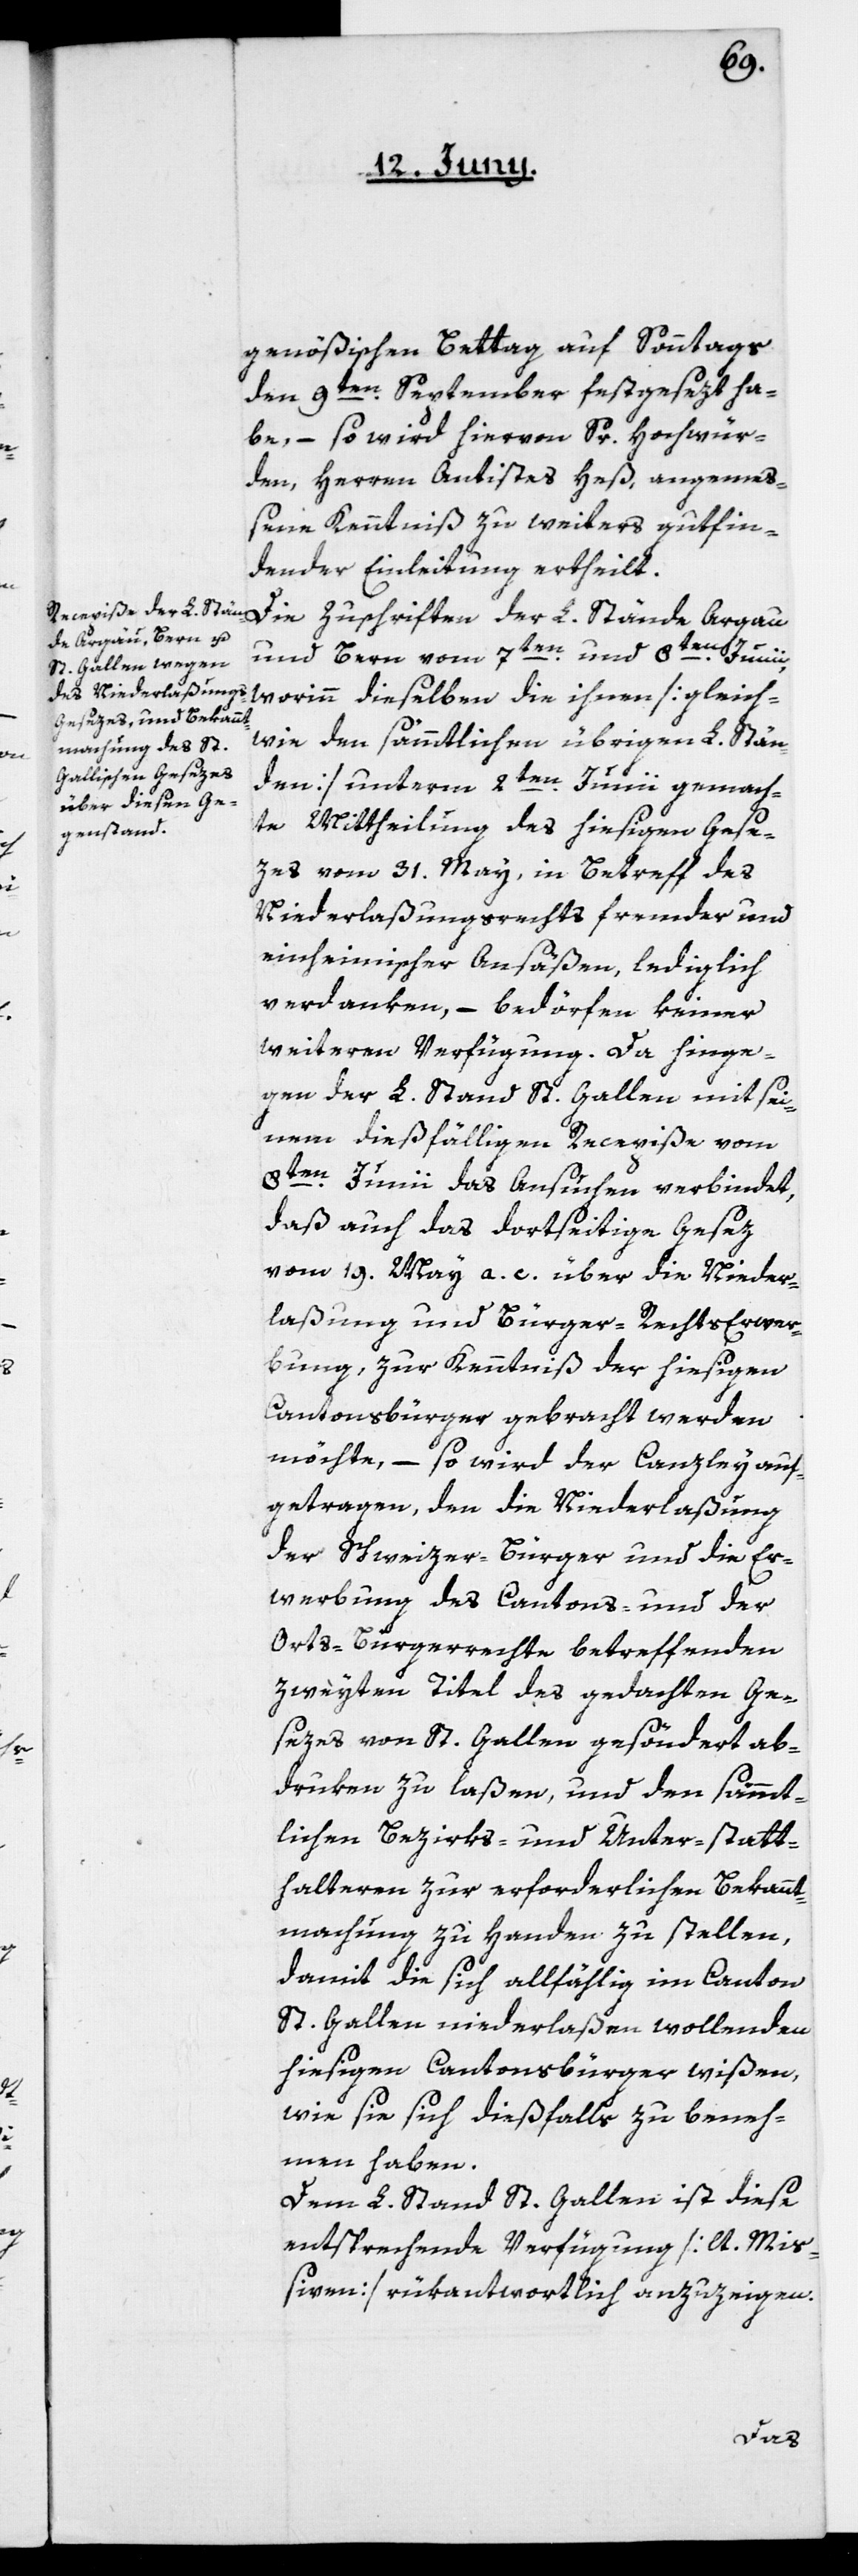
genößischen Bettag auf Sonntags
den 9ten September festgesezt ha¬
be, – so wird hiervon Sr. Hochwür¬
den, Herren Antistes Heß, angeme¬
ßene Kenntniß zu weiters gut fin¬
dender Einleitung ertheilt.
Die Zuschriften der L. Stände Argau
und Bern vom 7ten und 8ten Junii,
worinn dieselben die ihnen [gleich¬
wie den sämmtlichen übrigen L. Stän¬
den] unterm 2ten Junii gemach¬
te Mittheilung des hiesigen Gese¬
zes vom 31ten May, in Betreff des
Niederlaßungsrechts fremder und
einheimischer Ansäßen, lediglich
verdanken, – bedörfen keiner
weiteren Verfügung. Da hinge¬
gen der L. Stand St. Gallen mit sei¬
nem dießfälligen Recepiße vom
8ten Junii das Ansuchen verbindet,
daß auch das dortseitige Gesez
vom 19ten May a. c. über die Nieder¬
laßung und Bürger-Rechts-Erwer¬
bung, zur Kenntniß der hiesigen
Cantonsbürger gebracht werden
möchte, – so wird der Canzley auf¬
getragen, den die Niederlaßung
der Schweizer-Bürger und die Er¬
werbung des Cantons- und der
Orts-Bürgerrechte betreffenden
zweyten Titel des gedachten Ge¬
sezes von St. Gallen gesöndert ab¬
druken zu laßen, und den sämmt¬
lichen Bezirks- und Unter-statt¬
halteren zur erforderlichen Bekannt¬
machung zu Handen zu stellen,
damit die sich allfählig im Canton
St. Gallen niederlaßen wollenden
hiesigen Cantonsbürger wißen,
wie sie sich dießfalls zu beneh¬
men haben.
Dem L. Stand St. Gallen ist diese
entsprechende Verfügung [lt. Miß¬
iven] rükantwortlich anzuzeigen.